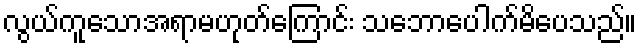
လွယ်ကူသောအရာမဟုတ်ကြောင်း သဘောပေါက်မိပေသည်။